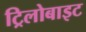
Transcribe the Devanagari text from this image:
ट्रिलोबाइट